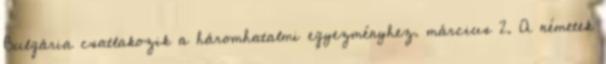
Bulgária csatlakozik a háromhatalmi egyezményhez. március 2. A németek